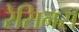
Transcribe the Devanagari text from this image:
रेसिनस